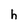
Character: h